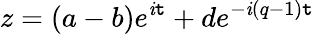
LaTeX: z=(a-b)e^{\mathit{i}\mathtt{t}}+de^{-\mathit{i}(q-1)\mathtt{t}}